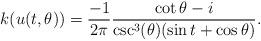
LaTeX: \begin{align*} k(u(t,\theta))=\frac{-1}{2\pi}\frac{\cot\theta - i}{\csc^3(\theta) (\sin t+ \cos\theta)}.\end{align*}